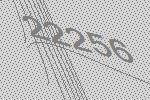
22256